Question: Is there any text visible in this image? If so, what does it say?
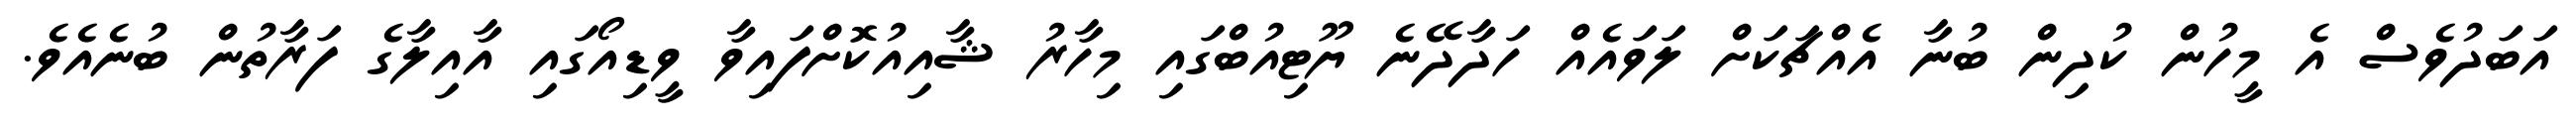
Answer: އަބަދުވެސް އެ މީހުން ކުދިން ބުނާ އެއްޗަކަށް ލަވައެއް ހަދާދޭނެ ޔޫޓިއުބްގައި މިހާރު ޝާއިއުކޮށްފައިވާ ވީޑިއޯގައި އާއިލާގެ ފަރާތުން ބުނެއެވެ.